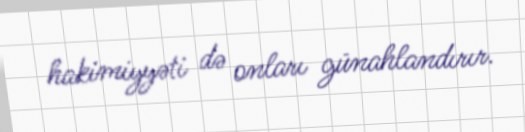
hakimiyyəti də onları günahlandırır.